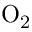
\mathrm { O _ { 2 } }